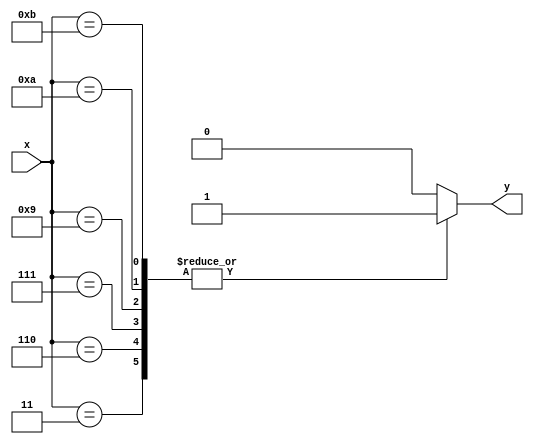
// EEM16 - Logic Design
// Design Assignment #1 - Problem #3
// dassign1_3.v
module dassign1_3(y,x);
   output y;
   reg y;
   input [3:0] x;
   
  always @(x)
    case({x[3],x[2],x[1],x[0]})
      4'b0011 : y = 'b1;
      4'b0110 : y = 'b1;
      4'b0111 : y = 'b1;
      4'b1001 : y = 'b1;
      4'b1010 : y = 'b1;
      4'b1011 : y = 'b1;
      default : y = 'b0;
    endcase
  
endmodule